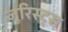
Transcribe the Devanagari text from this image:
जूरिस्ट्स